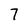
Character: 7